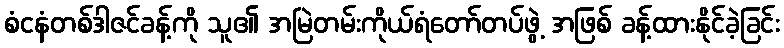
စံငနံတစ်ဒါဇင်ခန့်ကို သူ၏ အမြဲတမ်းကိုယ်ရံတော်တပ်ဖွဲ့ အဖြစ် ခန့်ထားနိုင်ခဲ့ခြင်း